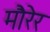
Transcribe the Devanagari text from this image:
मौरेर